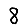
Digit: 8